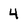
Character: 4